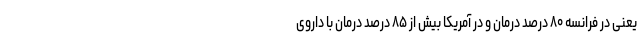
یعنی در فرانسه ۸۰ درصد درمان و در آمریکا بیش از ۸۵ درصد درمان با داروی